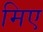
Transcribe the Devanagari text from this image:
मिए